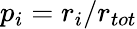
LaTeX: p_{i}=r_{i}/r_{tot}